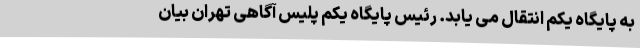
به پایگاه یکم انتقال می یابد. رئیس پایگاه یکم پلیس آگاهی تهران بیان